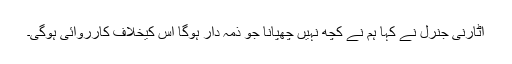
اٹارنی جنرل نے کہا ہم نے کچھ نہیں چھپانا جو ذمہ دار ہوگا اس کیخلاف کارروائی ہوگی۔